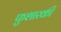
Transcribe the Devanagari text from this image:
फुशारकी